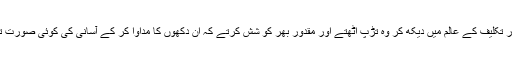
کسی کو دکھ اور تکلیف کے عالم میں دیکھ کر وہ تڑپ اٹھتے اور مقدور بھر کو شش کرتے کہ ان دکھوں کا مداوا کر کے آسانی کی کوئی صورت تلاش کر سکیں۔